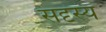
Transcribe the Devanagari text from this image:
सदृस्य